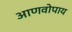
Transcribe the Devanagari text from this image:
आणवोपाय